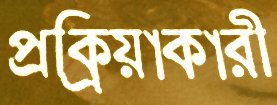
প্রক্রিয়াকারী